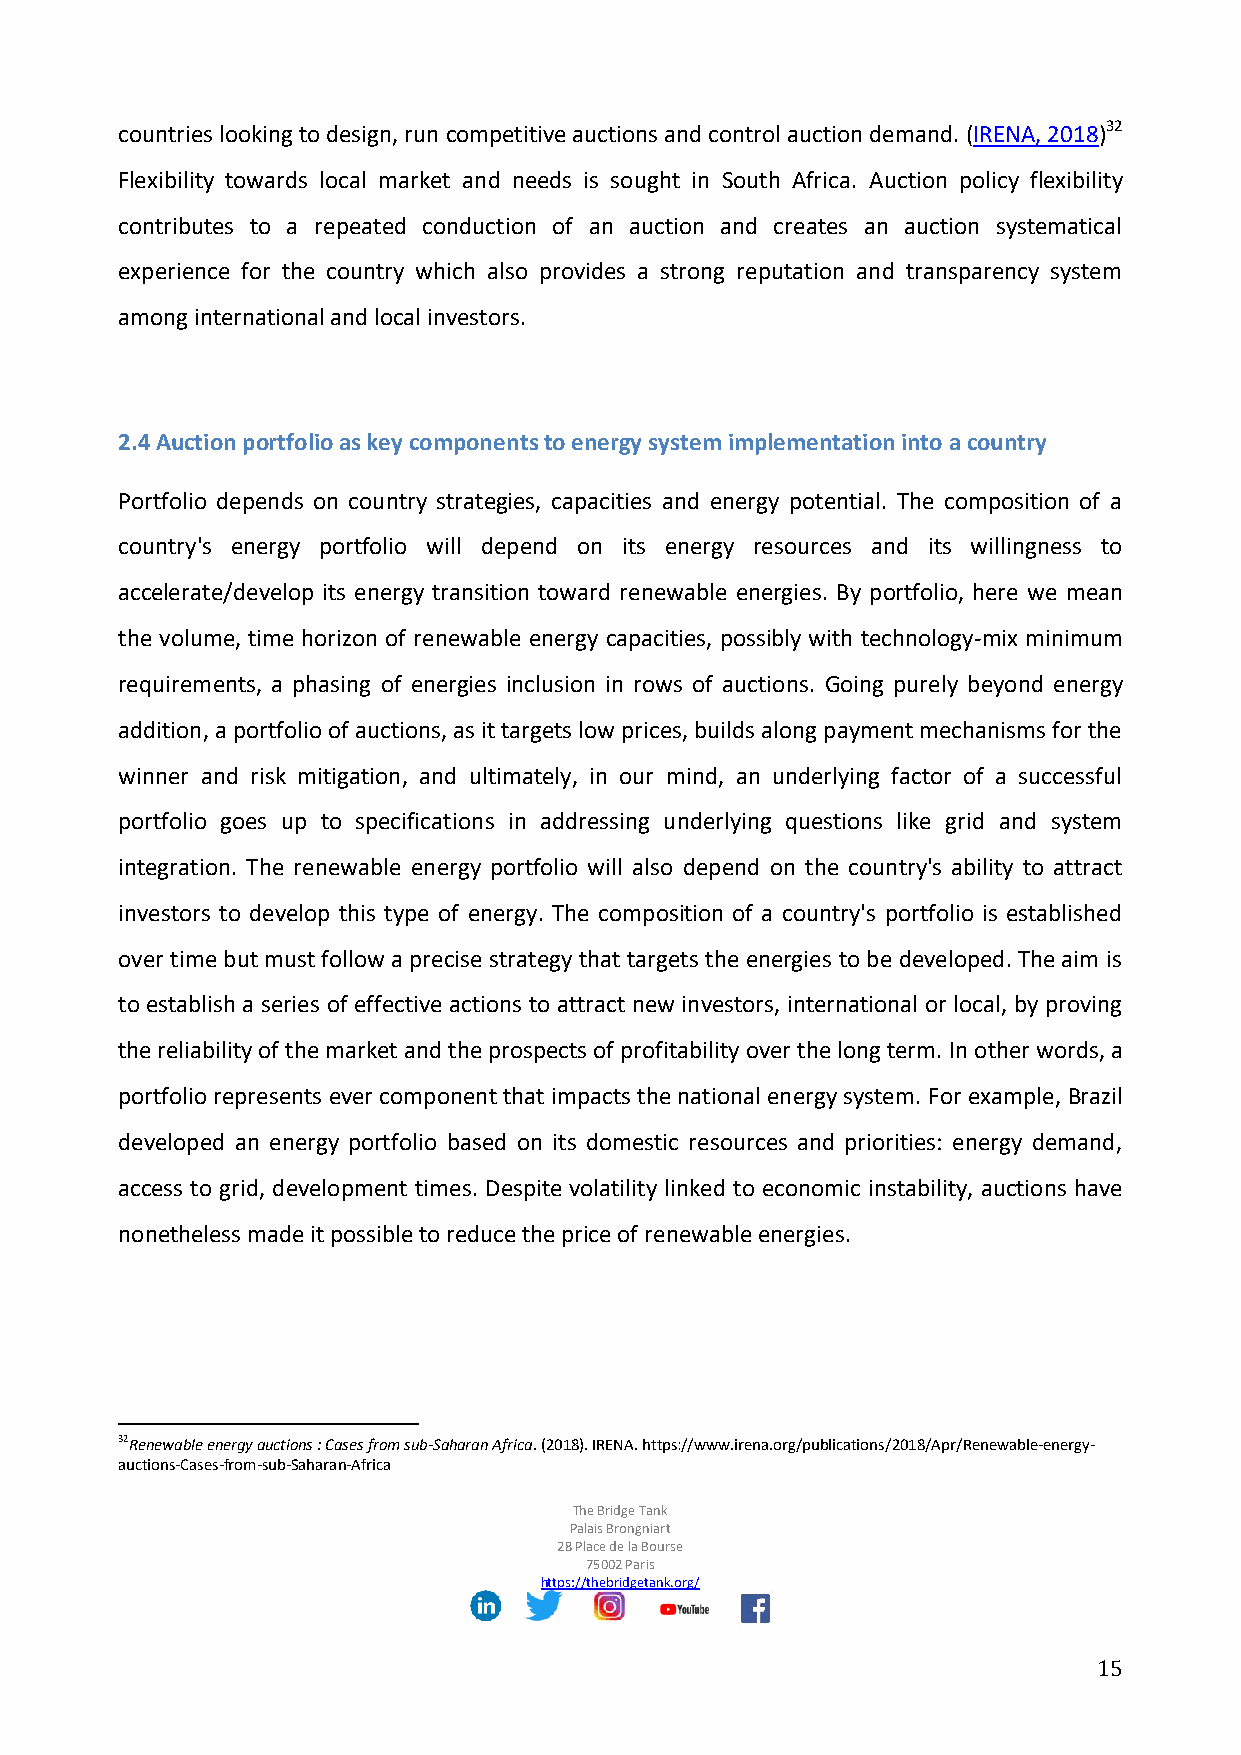
countries looking to design, run competitive auctions and control auction demand. (IRENA, 2018)32
 Flexibility towards local market and needs is sought in South Africa. Auction policy flexibility
 contributes to a repeated conduction of an auction and creates an auction systematical
 experience for the country which also provides a strong reputation and transparency system
 among international and local investors.
 2.4 Auction portfolio as key components to energy system implementation into a country
 Portfolio depends on country strategies, capacities and energy potential. The composition of a
 country's energy portfolio will depend on its energy resources and its willingness to
 accelerate/develop its energy transition toward renewable energies. By portfolio, here we mean
 the volume, time horizon of renewable energy capacities, possibly with technology-mix minimum
 requirements, a phasing of energies inclusion in rows of auctions. Going purely beyond energy
 addition, a portfolio of auctions, as it targets low prices, builds along payment mechanisms for the
 winner and risk mitigation, and ultimately, in our mind, an underlying factor of a successful
 portfolio goes up to specifications in addressing underlying questions like grid and system
 integration. The renewable energy portfolio will also depend on the country's ability to attract
 investors to develop this type of energy. The composition of a country's portfolio is established
 over time but must follow a precise strategy that targets the energies to be developed. The aim is
 to establish a series of effective actions to attract new investors, international or local, by proving
 the reliability of the market and the prospects of profitability over the long term. In other words, a
 portfolio represents ever component that impacts the national energy system. For example, Brazil
 developed an energy portfolio based on its domestic resources and priorities: energy demand,
 access to grid, development times. Despite volatility linked to economic instability, auctions have
 nonetheless made it possible to reduce the price of renewable energies.
 32Renewable energy auctions : Cases from sub-Saharan Africa. (2018). IRENA. https://www.irena.org/publications/2018/Apr/Renewable-energy-
 auctions-Cases-from-sub-Saharan-Africa
 The Bridge Tank
 Palais Brongniart
 28 Place de la Bourse
 75002 Paris
 https://thebridgetank.org/
 15